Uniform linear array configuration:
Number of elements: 64
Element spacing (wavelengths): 0.75
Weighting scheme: blackman
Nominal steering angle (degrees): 15
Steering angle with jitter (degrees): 16.678
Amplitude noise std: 0.05
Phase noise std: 0.05

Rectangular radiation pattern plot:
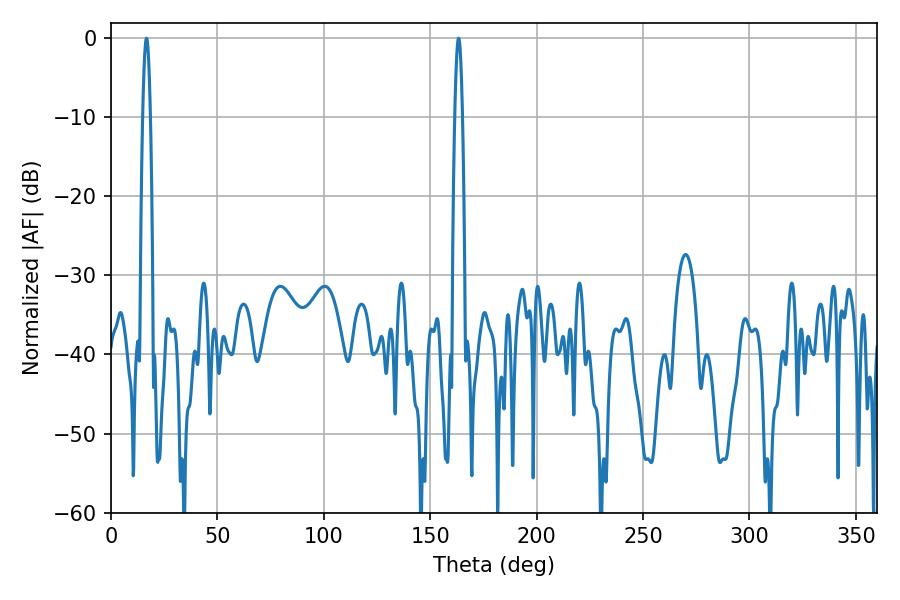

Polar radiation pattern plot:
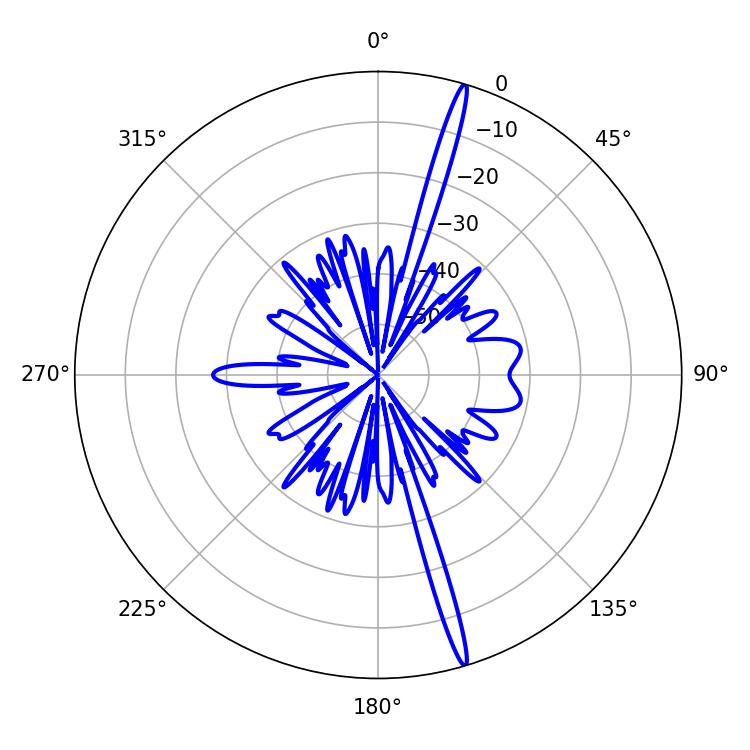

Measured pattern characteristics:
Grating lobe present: TRUE
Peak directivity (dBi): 19.591
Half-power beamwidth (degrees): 1.98
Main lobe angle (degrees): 16.74